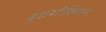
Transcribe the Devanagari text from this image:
कुइनटीलियन